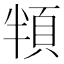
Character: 頖